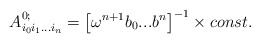
\begin{align*}A^{0;}_{i_0i_1...i_n}=\left[\omega^{n+1}b_0...b^n\right]^{-1}\times const.\end{align*}